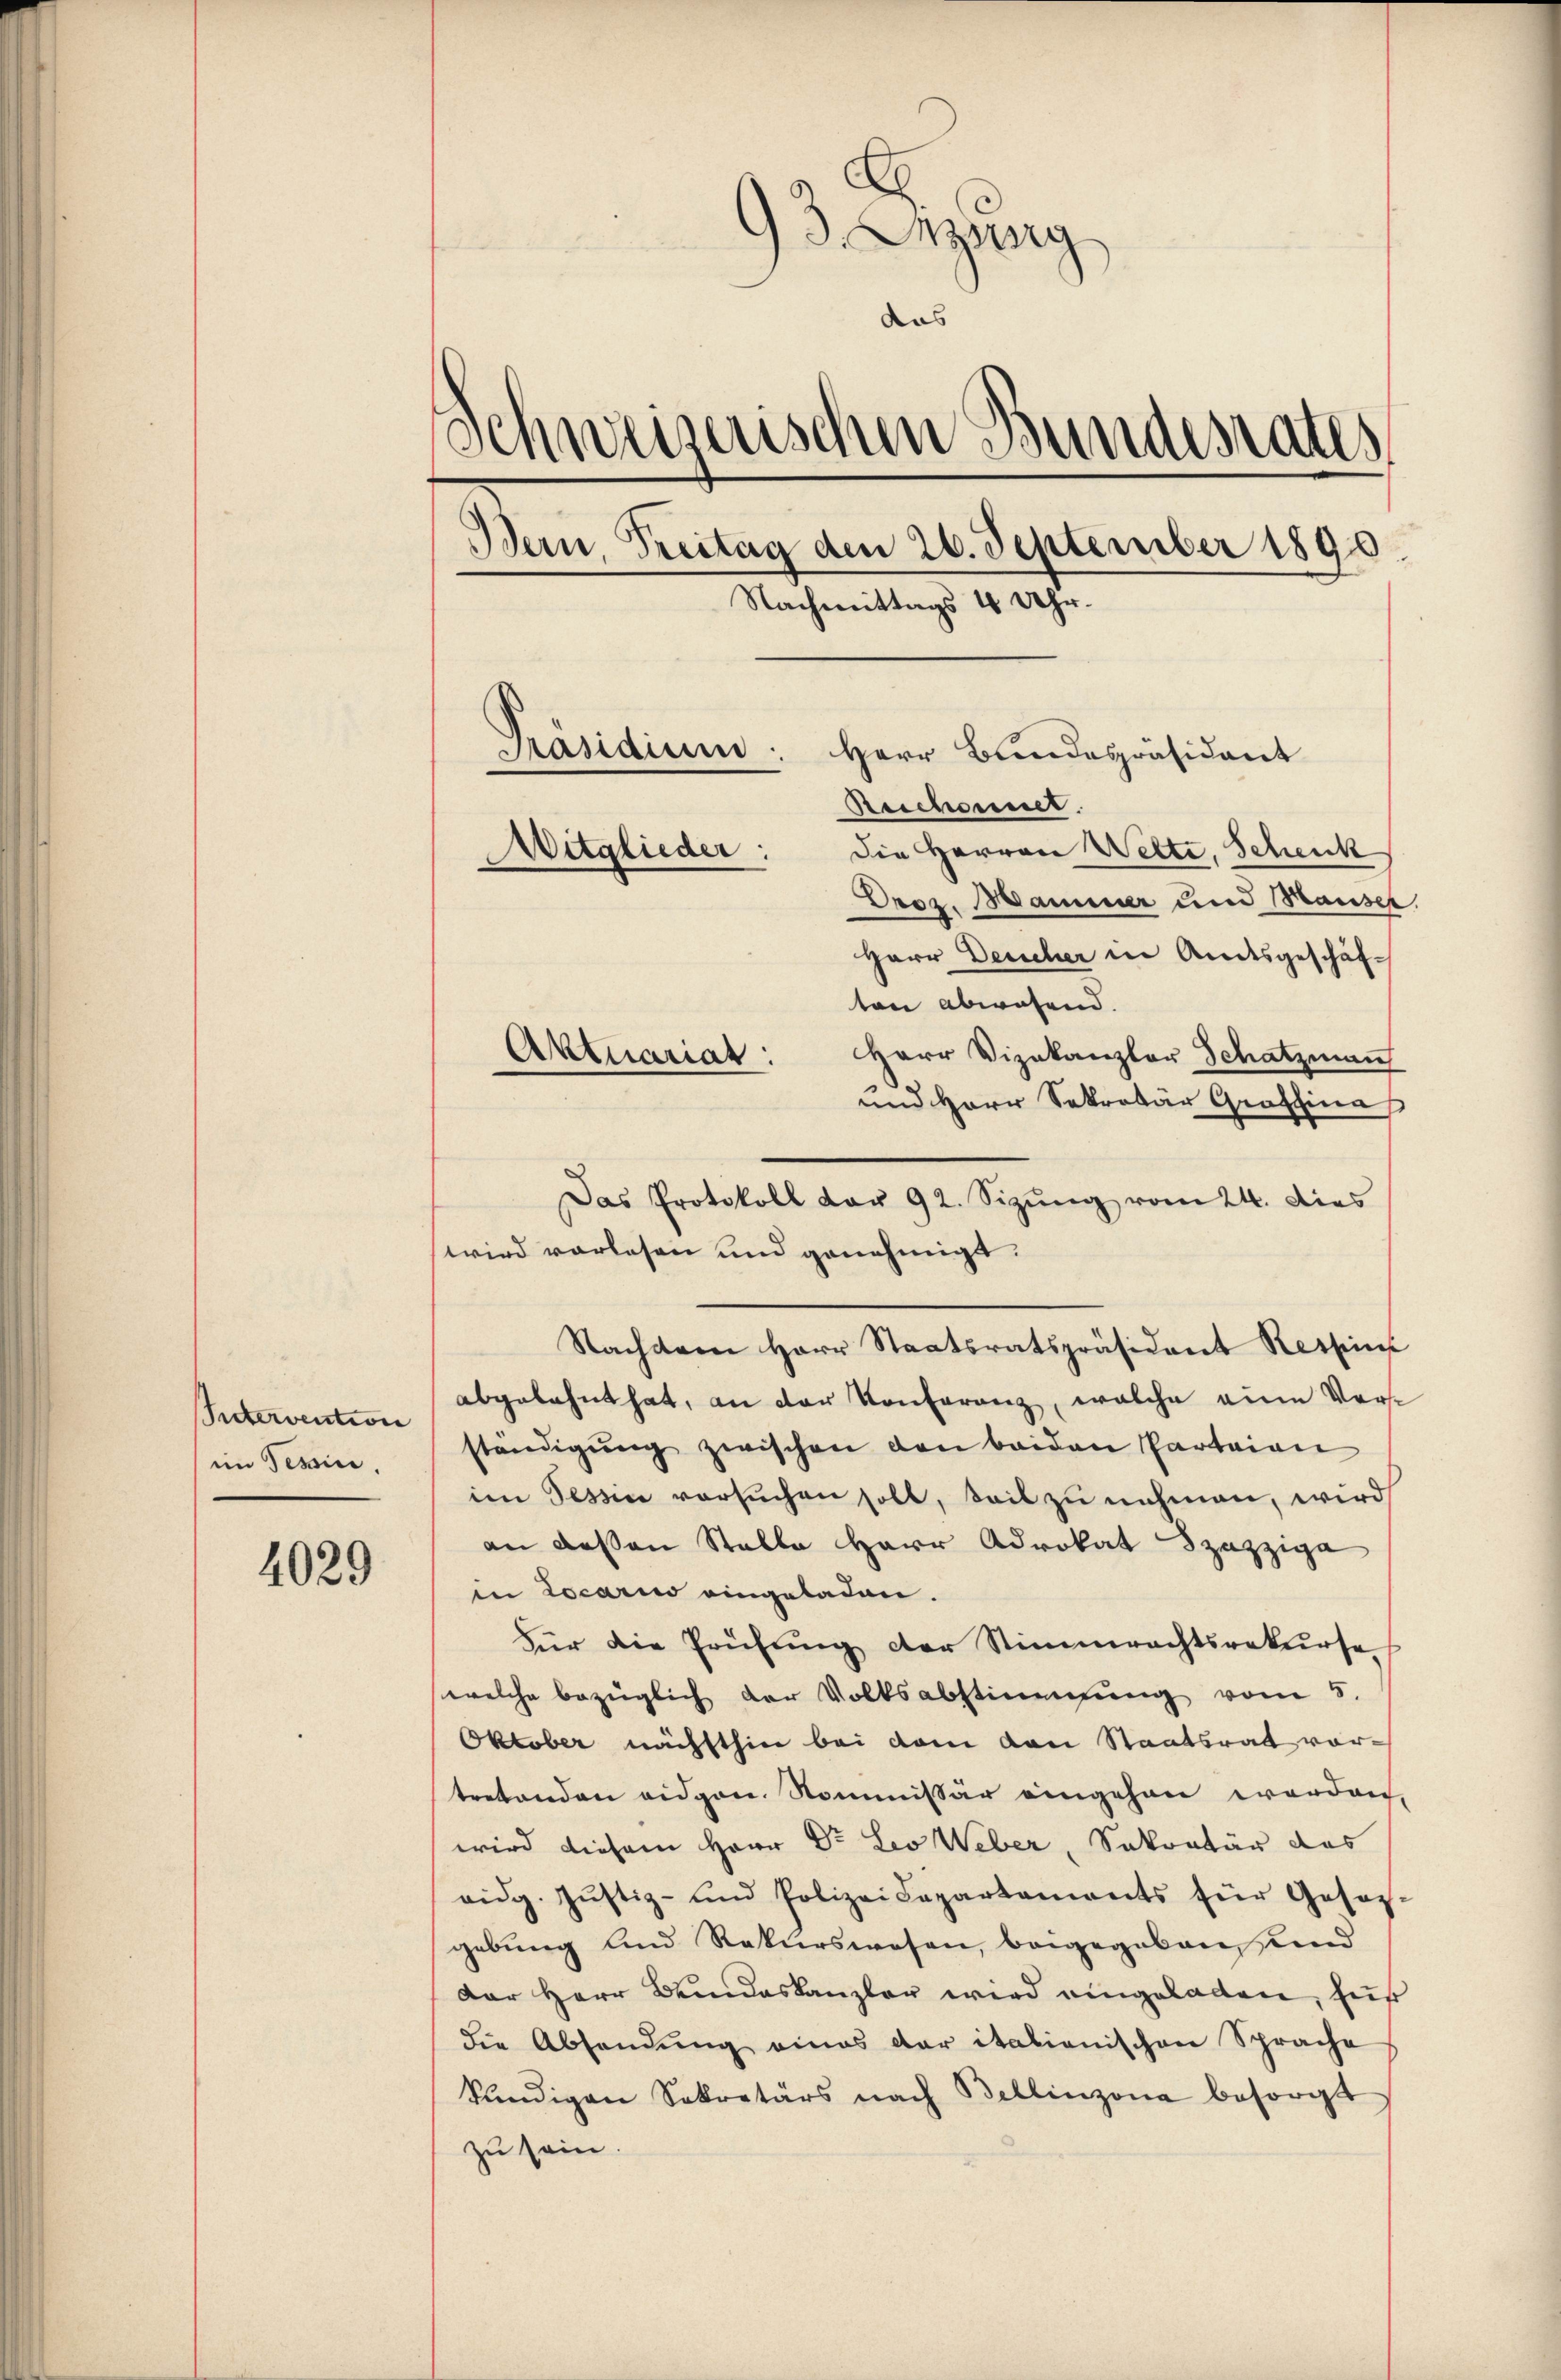
Pactervention
im Tessin.

4029

93. Anzug
das
Schweizerischen Bundesrates
Bern, Treitag den 26. September 1890.
Nachmittags 4 Uhr.
Präsidium.
Herr Bundespräsident
Reichennet.
Die Herren Wette, Schenk
Mitglieder:
Droz. Manner und Hauser.
Herr Deucher in Andesgeschäf-
ton abwesend.
Herr Vizekanzler Schatzman
Aktuariar:

und Herr Sekretär Graffina
Das Protokoll dar 92. Sizŭng vom 24. dies
wird vorlesen und genehmigt.
Nachdem Herr Staatsratspräsident Respin
abgelehnt hat, an der Konferenz, welche eine Vorst
ständigŭng zwischen den beiden Parteien
im Tessin versuchen soll, teil zu nehmen, wird
an dessen Stelle Herr Advokat Szazziga
in Locario eingeladen.
Für die Prüfung der Stimmrechtsrekurse
welche bezüglich der Volksabstimmung vom 5.
Oktober nächsthin bei vom von Staatsrat vortretenden eidgen. Kommissär eingehen worden,
wird diesem Herr Dr. Leo Weber, Sekretär das
vidg. Jŭstiz- und Polizeidepartaments für Gesetz-
gebung und Rekurswesen, beigegeben und
Der Herr Bundeskanzler wird eingeladen, für
die Absendŭng eines der italienischen Sprache
kündigen Sekretärs nach Bellinzona besorgt
zu sein.